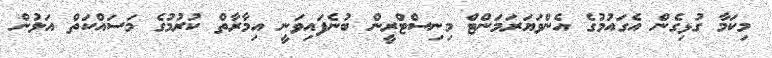
މިކަމާ ގުޅިގެން އެގައުމުގެ އެންވަޔަރަމަންޓް މިނިސްޓްރީން ބުނެފައިވަނީ އިމާރާތް ކުރުމުގެ މަސައްކަތް އަލުން